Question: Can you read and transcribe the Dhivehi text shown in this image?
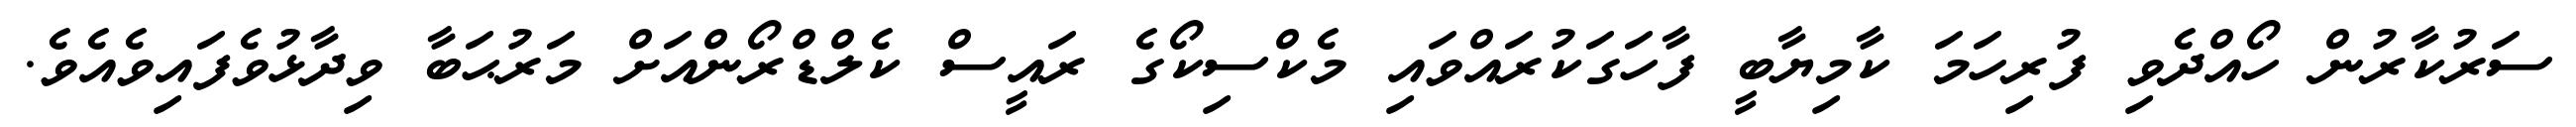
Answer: ސަރުކާރުން ހޯއްދެވި ފުރިހަމަ ކާމިޔާބީ ފާހަގަކުރައްވައި މެކްސިކޯގެ ރައީސް ކެލްޑްރޯންއަށް މަރުޙަބާ ވިދާޅުވެފައިވެއެވެ.